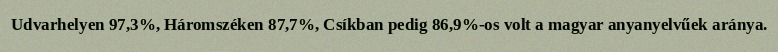
Udvarhelyen 97,3%, Háromszéken 87,7%, Csíkban pedig 86,9%-os volt a magyar anyanyelvűek aránya.